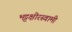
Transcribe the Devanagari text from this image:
भट्टक्षीरस्वामी